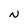
Character: N